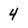
Character: 4